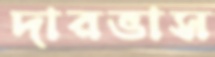
দারভাস